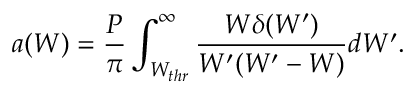
a ( W ) = \frac { P } { \pi } \int _ { W _ { t h r } } ^ { \infty } \frac { W \delta ( W ^ { \prime } ) } { W ^ { \prime } ( W ^ { \prime } - W ) } d W ^ { \prime } .